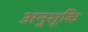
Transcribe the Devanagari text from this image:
अनुशूकि